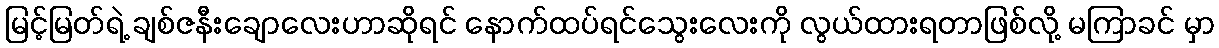
မြင့်မြတ်ရဲ့ ချစ်ဇနီးချောလေးဟာဆိုရင် နောက်ထပ်ရင်သွေးလေးကို လွယ်ထားရတာဖြစ်လို့ မကြာခင် မှာ